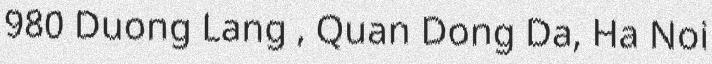
980 Duong Lang , Quan Dong Da, Ha Noi